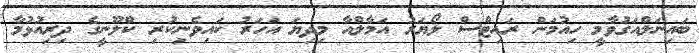
ބައިނަލްއަގުވާމީ ހިއުމަން ރައިޓްސް ލޯޔަރު އަމާލްއާ މިދިޔަ އަހަރު ކައިވެނިކުރި ކްލޫނީގެ ދިރިއުޅުމާ